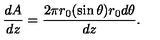
\frac { d A } { d z } = \frac { 2 \pi r _ { 0 } ( \sin \theta ) r _ { 0 } d \theta } { d z } .